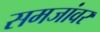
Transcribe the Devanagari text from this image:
समजांवर